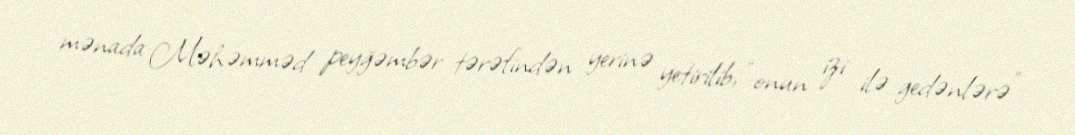
mənada Məhəmməd peyğəmbər tərəfindən yerinə yetirilib, “onun izi ilə gedənlərə”